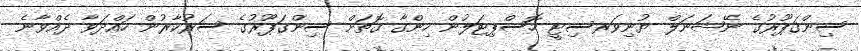
ސިންގަޕޫރުގެ ނޭޝަނަލް ޔުނިވަރސިޓީ ހޮސްޕިޓަލުން ހިންގާ ގޮތަށް ސިންގަޕޫރުގެ ސަރުކާރުން ހައްދަވާ ދެއްވާނެ